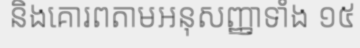
និងគោរពតាមអនុសញ្ញាទាំង ១៥